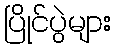
ပြိုင်ပွဲများ